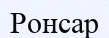
Ронсар